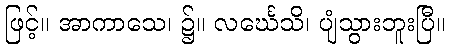
ဖြင့်။ အာကာသေ၊ ၌။ လင်္ဃေသိ၊ ပျံသွားဘူးပြီ။